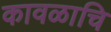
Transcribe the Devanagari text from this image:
कावळाचि